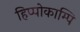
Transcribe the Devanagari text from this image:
हिप्पोकाम्पि